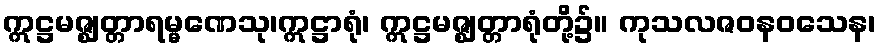
ဣဋ္ဌမဇ္ဈတ္တာရမ္မဏေသု၊ဣဋ္ဌာရုံ၊ ဣဋ္ဌမဇ္ဈတ္တာရုံတို့၌။ ကုသလဇဝနဝသေန၊